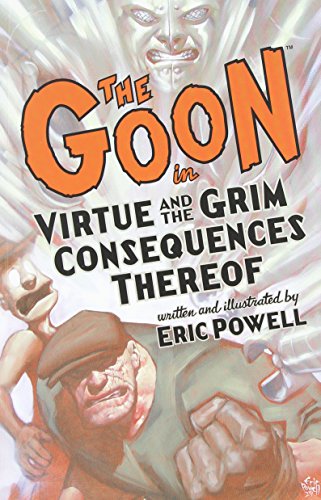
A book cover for The Goon: Volume 4: Virtue & the Grim Consequences Thereof (2nd edition) (Goon (Graphic Novels)); Eric Powell; Comics & Graphic Novels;